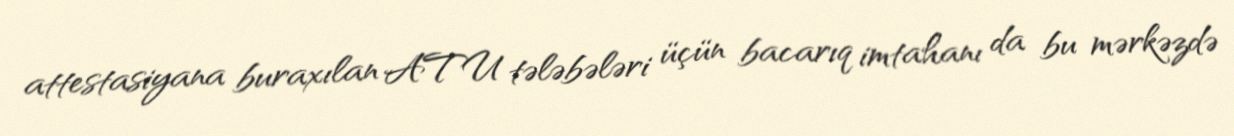
attestasiyana buraxılan ATU tələbələri üçün bacarıq imtahanı da bu mərkəzdə